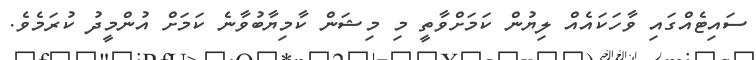
ސައިޓެއްގައި ވާހަކައެއް ލިޔުން ކަމަށްވާތީ މި މިޝަން ކާމިޔާބުވާނެ ކަމަށް އުންމީދު ކުރަމެވެ.